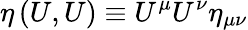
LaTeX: \eta\left(U,U\right)\equiv U^{\mu}U^{\nu}\eta_{\mu\nu}